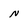
Character: M